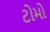
ટોમો